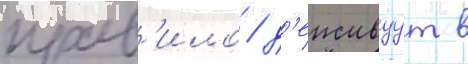
прав'ило / д'еиствуут в